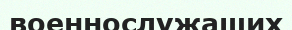
военнослужащих